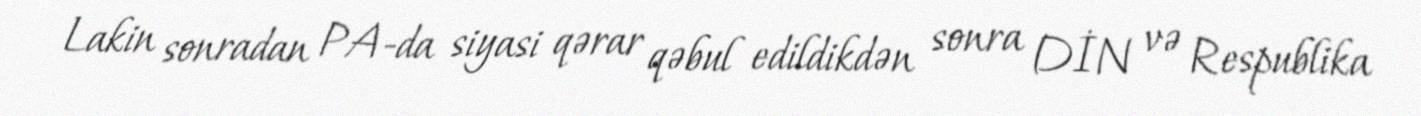
Lakin sonradan PA-da siyasi qərar qəbul edildikdən sonra DİN və Respublika